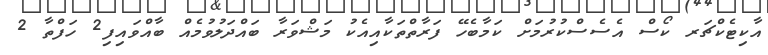
އާކިޓެކްޗަރ ކޯސް އެސެސްކުރުމަށް ކަމާބެހޭ ފަރާތްތަކާއިއެކު މަޝްވަރާ ބައްދަލުވުމެއް ބާއްވައިފި2 ހަފްތާ 2